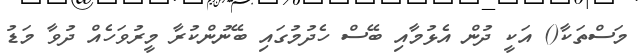
މަސްތަކާ() އަކީ ދުން އެޅުމާއި ބޭސް ހެދުމުގައި ބޭނުންކުރާ މީރުވަހެއް ދުވާ މަޑު